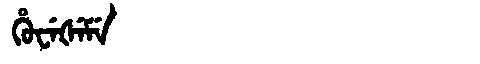
Manchu: ᡥᡠᠸᡝᡧᡝᠮᡝ
Romanization: HUWEŠEME